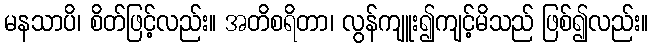
မနသာပိ၊ စိတ်ဖြင့်လည်း။ အတိစရိတာ၊ လွန်ကျူး၍ကျင့်မိသည် ဖြစ်၍လည်း။